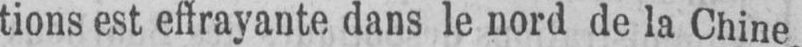
tions est effrayante dans le nord de la Chine